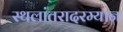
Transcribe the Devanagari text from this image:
स्थलांतरादरम्यान